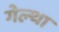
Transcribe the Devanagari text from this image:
गेल्था